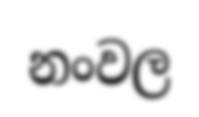
නංවල